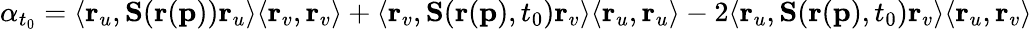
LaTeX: \alpha_{t_{0}}=\langle\mathbf{r}_{u},\mathbf{S}(\mathbf{r}(\mathbf{p}))\mathbf{r}_{u}\rangle\langle\mathbf{r}_{v},\mathbf{r}_{v}\rangle+\langle\mathbf{r}_{v},\mathbf{S}(\mathbf{r}(\mathbf{p}),t_{0})\mathbf{r}_{v}\rangle\langle\mathbf{r}_{u},\mathbf{r}_{u}\rangle-2\langle\mathbf{r}_{u},\mathbf{S}(\mathbf{r}(\mathbf{p}),t_{0})\mathbf{r}_{v}\rangle\langle\mathbf{r}_{u},\mathbf{r}_{v}\rangle